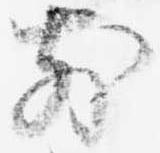
前